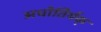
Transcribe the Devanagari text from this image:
अधोतिर्यक्‌